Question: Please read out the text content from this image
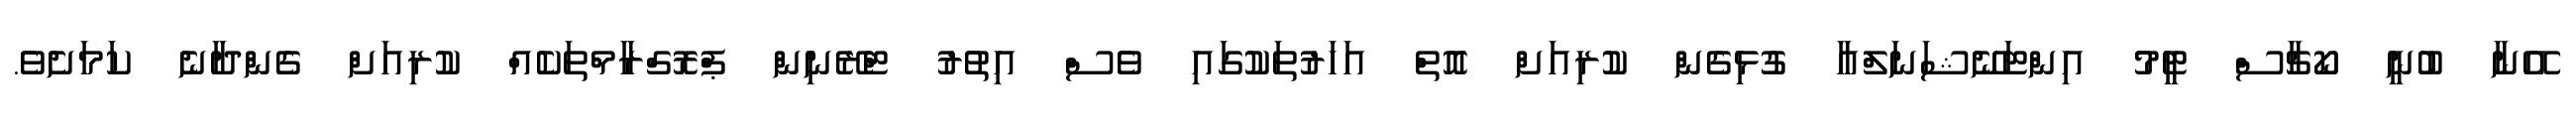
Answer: އޭނާ ބުނީ ކޯޗާސް ޓީމު އިންޓަނޭޝަނަލްއާ ގުޅިގެން ކުރިއަށް އޮތް އަހަރުތަކުގައި ވެސް އިތުރު ޓްރޭނިން ޕްރޮގްރާމްތަކެއް ކުރިއަށް ގެންދާނެ ކަމަށެވެ.